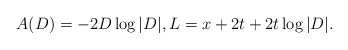
\begin{align*}A(D)=-2D\log|D|, L = x+2t+2t\log|D|.\end{align*}